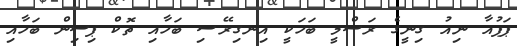
ޕަޕުއާ ނިއު ގިނީގެ ރަސްމީ ބަހަކީ އިނގިރޭސި ބަހާއި ތޮކް ޕިސިން ބަހާއި